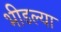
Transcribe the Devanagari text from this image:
भीडल्या